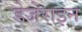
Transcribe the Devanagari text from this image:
डेजेराइन